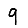
Digit: 9